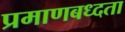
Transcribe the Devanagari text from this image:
प्रमाणबध्दता